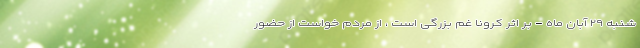
شنبه ۲۹ آبان ماه - بر اثر کرونا غم بزرگی است ، از مردم خواست از حضور